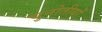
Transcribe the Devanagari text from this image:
चुनोतीयों